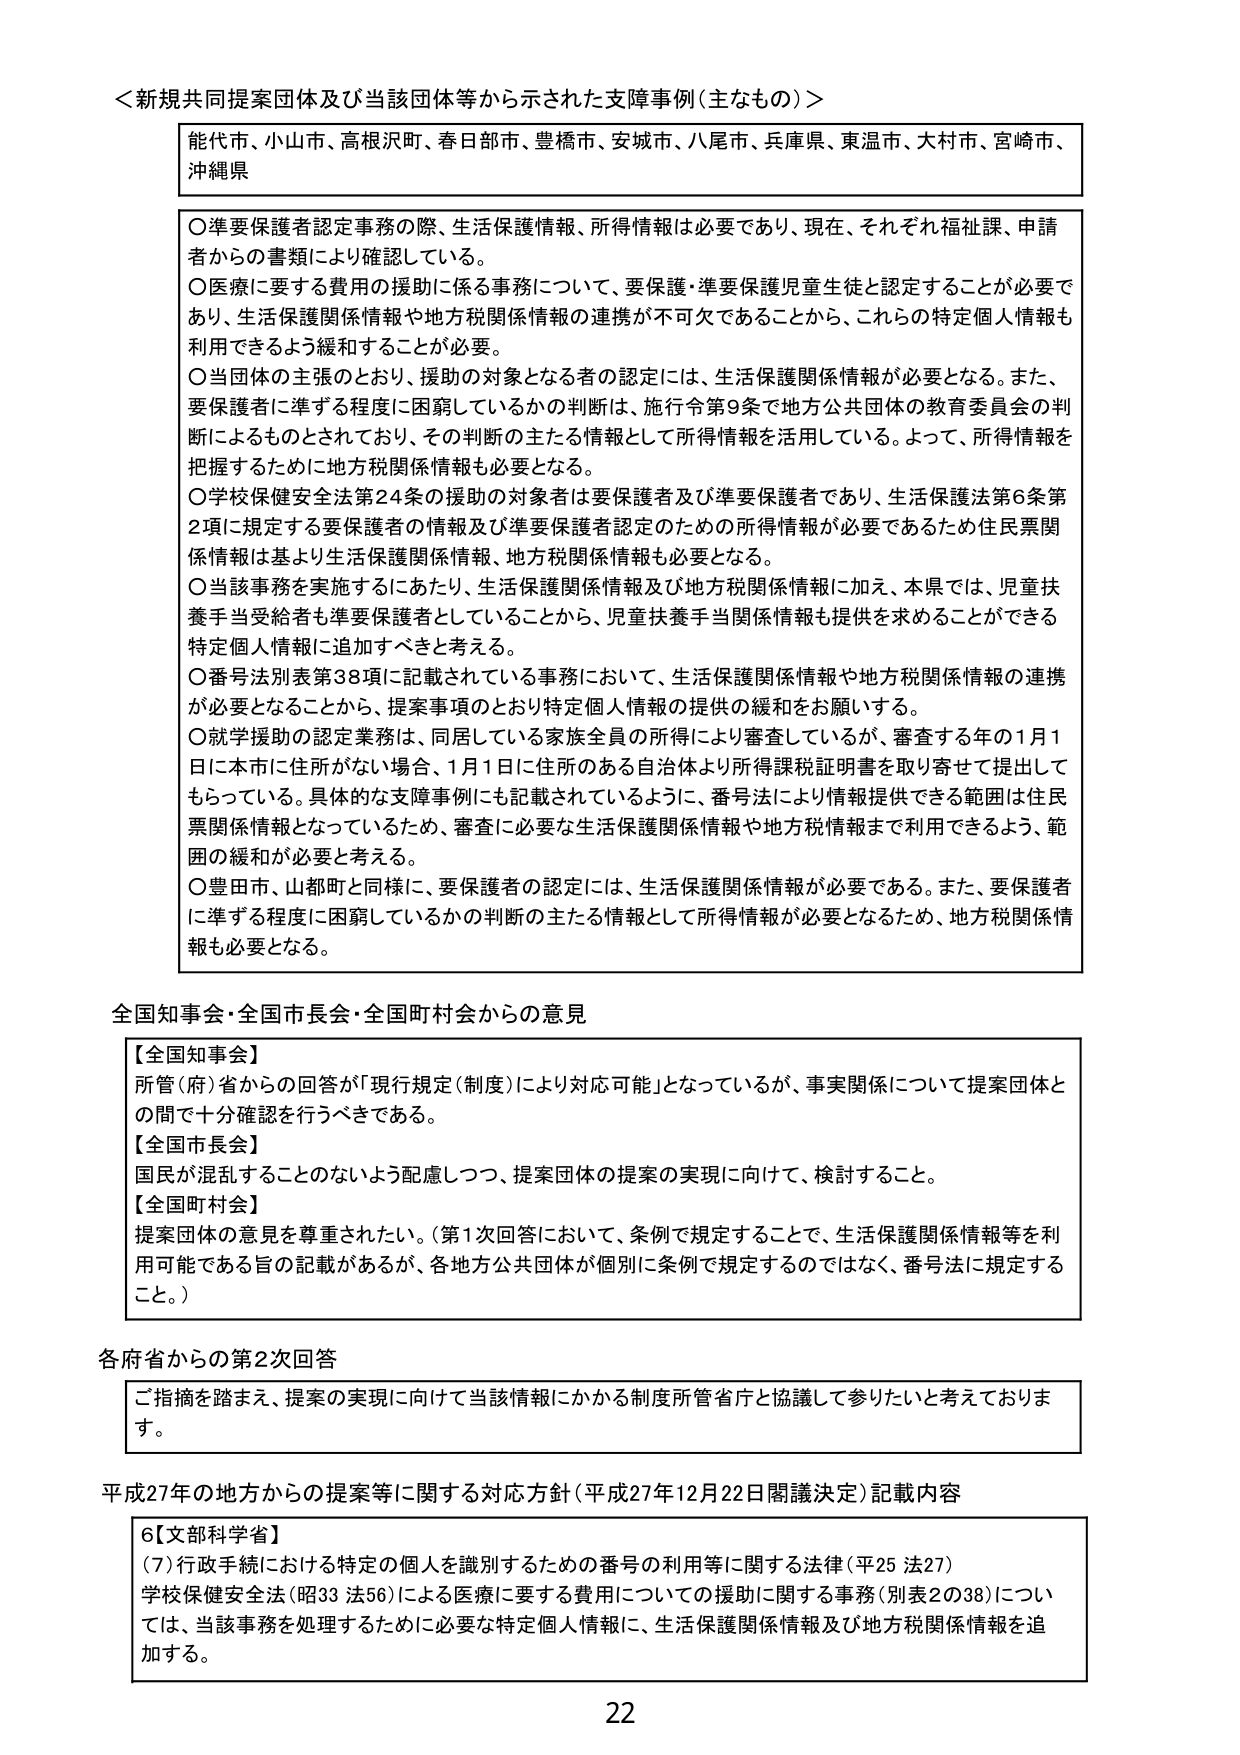
＜新規共同提案団体及び当該団体等から示された支障事例（主なもの）＞
能代市、小山市、高根沢町、春日部市、豊橋市、安城市、八尾市、兵庫県、東温市、大村市、宮崎市、沖縄県

○準要保護者認定事務の際、生活保護情報、所得情報は必要であり、現在、それぞれ福祉課、申請者からの書類により確認している。
○医療に要する費用の援助に係る事務について、要保護・準要保護児童生徒と認定することが必要であり、生活保護関係情報や地方税関係情報の連携が不可欠であることから、これらの特定個人情報も利用できるよう緩和することが必要。
○当団体の主張のとおり、援助の対象となる者の認定には、生活保護関係情報が必要となる。また、要保護者に準ずる程度に困窮しているかの判断は、施行令第9条で地方公共団体の教育委員会の判断によるものとされており、その判断の主たる情報として所得情報を活用している。よって、所得情報を把握するために地方税関係情報も必要となる。
○学校保健安全法第24条の援助の対象者は要保護者及び準要保護者であり、生活保護法第6条第2項に規定する要保護者の情報及び準要保護者認定のための所得情報が必要であるため住民票関係情報は基より生活保護関係情報、地方税関係情報も必要となる。
○当該事務を実施するにあたり、生活保護関係情報及び地方税関係情報に加え、本県では、児童扶養手当受給者も準要保護者としていることから、児童扶養手当関係情報も提供を求めることができる特定個人情報に追加すべきと考える。
○番号法別表第38項に記載されている事務において、生活保護関係情報や地方税関係情報の連携が必要となることから、提案事項のとおり特定個人情報の提供の緩和をお願いする。
○就学援助の認定業務は、同居している家族全員の所得により審査しているが、審査する年の1月1日に本市に住所がない場合、1月1日に住所のある自治体より所得課税証明書を取り寄せて提出してもらっている。具体的な支障事例にも記載されているように、番号法により情報提供できる範囲は住民票関係情報となっているため、審査に必要な生活保護関係情報や地方税情報まで利用できるよう、範囲の緩和が必要と考える。
○豊田市、山都町と同様に、要保護者の認定には、生活保護関係情報が必要である。また、要保護者に準ずる程度に困窮しているかの判断の主たる情報として所得情報が必要となるため、地方税関係情報も必要となる。

全国知事会・全国市長会・全国町村会からの意見
【全国知事会】
所管（府）省からの回答が「現行規定（制度）により対応可能」となっているが、事実関係について提案団体との間で十分確認を行うべきである。
【全国市長会】
国民が混乱することのないよう配慮しつつ、提案団体の提案の実現に向けて、検討すること。
【全国町村会】
提案団体の意見を尊重されたい。（第1次回答において、条例で規定することで、生活保護関係情報等を利用可能である旨の記載があるが、各地方公共団体が個別に条例で規定するのではなく、番号法に規定すること。）

各府省からの第2次回答
ご指摘を踏まえ、提案の実現に向けて当該情報にかかる制度所管省庁と協議して参りたいと考えております。

平成27年の地方からの提案等に関する対応方針（平成27年12月22日閣議決定）記載内容
6【文部科学省】
（7）行政手続における特定の個人を識別するための番号の利用等に関する法律（平25 法27）
学校保健安全法（昭33 法56）による医療に要する費用についての援助に関する事務（別表2の38）については、当該事務を処理するために必要な特定個人情報に、生活保護関係情報及び地方税関係情報を追加する。

22